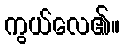
ကွယ်လေ၏။